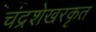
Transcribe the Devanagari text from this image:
चंद्रशेखरकृत